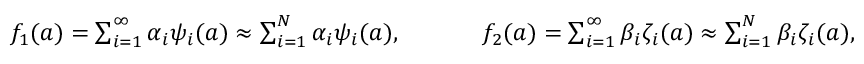
\begin{array} { r } { f _ { 1 } ( \boldsymbol { a } ) = \sum _ { i = 1 } ^ { \infty } \alpha _ { i } \psi _ { i } ( \boldsymbol { a } ) \approx \sum _ { i = 1 } ^ { N } \alpha _ { i } \psi _ { i } ( \boldsymbol { a } ) , \ \ \ \ \ \ \ \ \ \ f _ { 2 } ( \boldsymbol { a } ) = \sum _ { i = 1 } ^ { \infty } \beta _ { i } \zeta _ { i } ( \boldsymbol { a } ) \approx \sum _ { i = 1 } ^ { N } \beta _ { i } \zeta _ { i } ( \boldsymbol { a } ) , } \end{array}